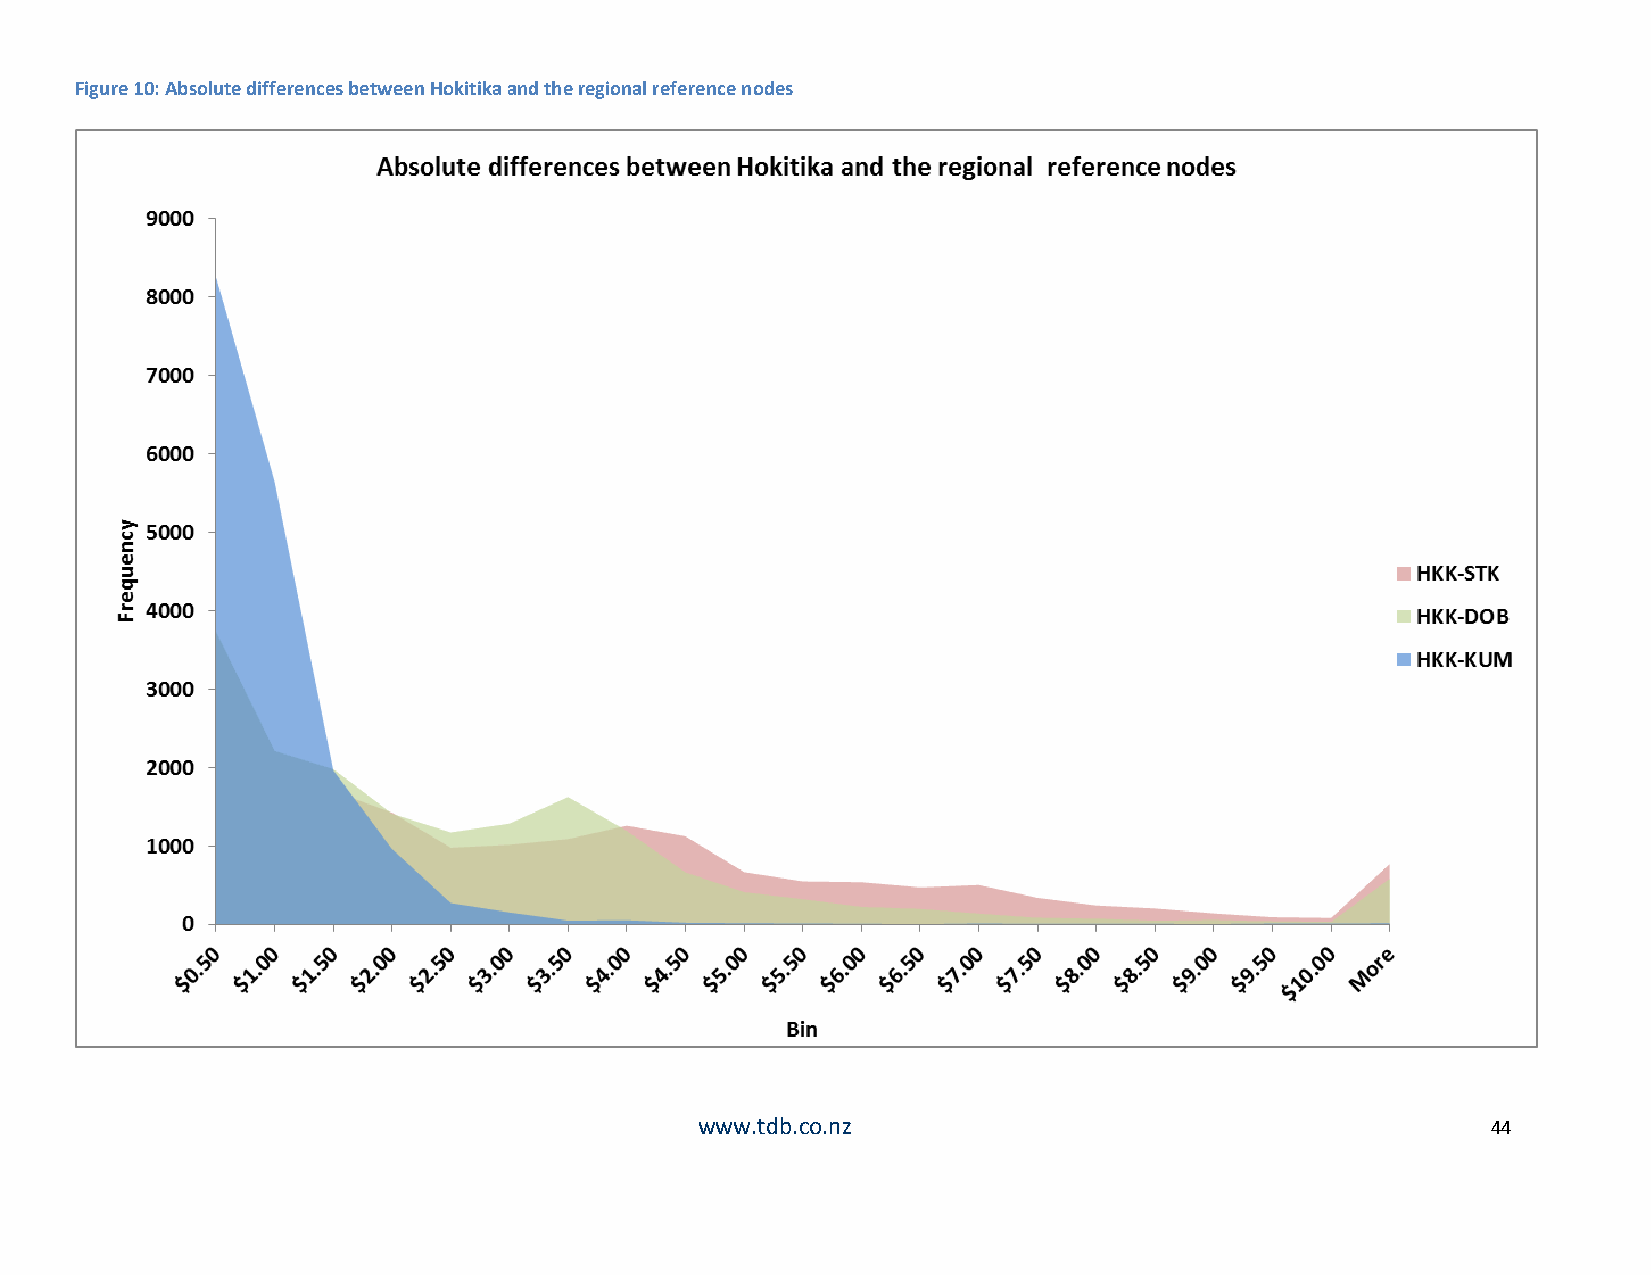
Figure 10: Absolute differences between Hokitika and the regional reference nodes
 www.tdb.co.nz                                        44